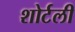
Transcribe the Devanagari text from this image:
शोर्टली